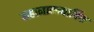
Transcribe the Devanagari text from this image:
महानाम्न्यार्चिक